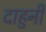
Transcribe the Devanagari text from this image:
दाहुनी